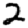
Digit: 2